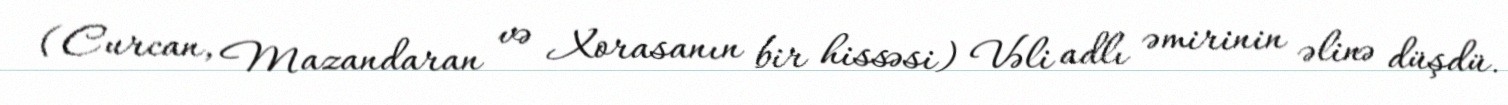
(Curcan, Mazandaran və Xorasanın bir hissəsi) Vəli adlı əmirinin əlinə düşdü.